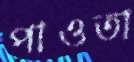
পাওতা